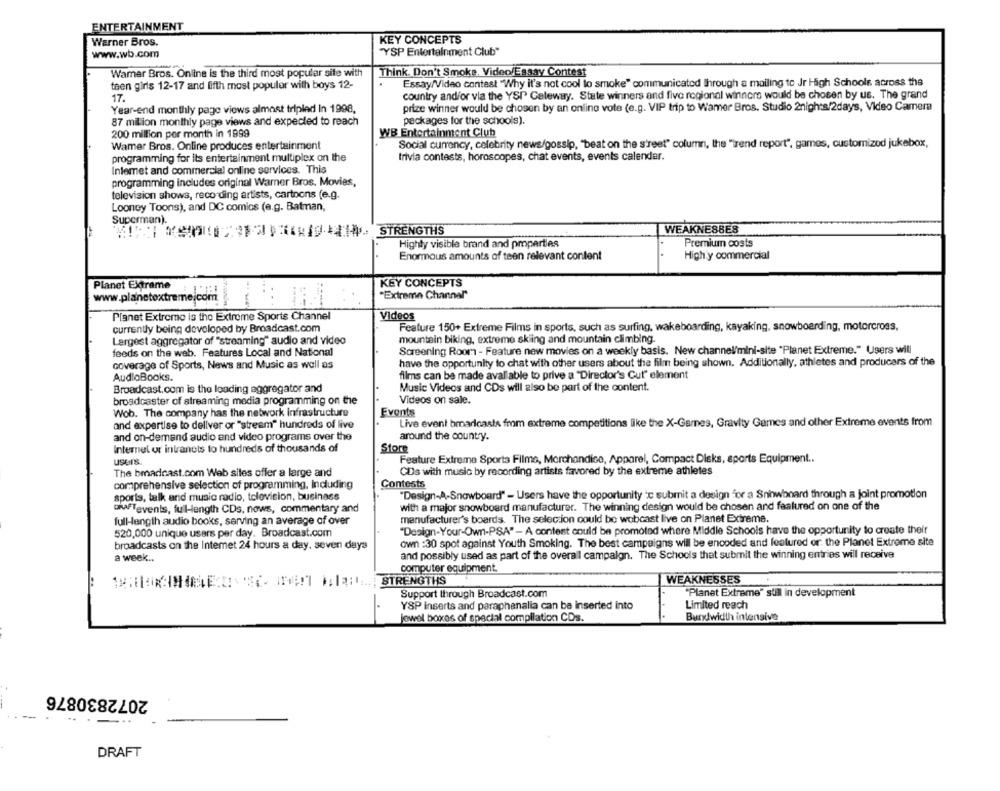
ENTERTAINMENT
KEY CONCEPTS
Warner Bros.
www.wb.com
"YSP Entertainment Club"
Warner Bros. Online is the third most popular site with
Think. Don't Smoke, Video/Essay Contest
teen girls 12-17 and fifth most popular with boys 12-
Essay/Video contest "Why it's not cool lo smoke" communicated Ihrough a mailing to Jr High Schools across the
country and/or via the YSP Galeway. State winners and five regional winners would be chosen by us. The grand
17.
Year-end monthly page views almost tripled In 1998,
prize winner would be chosen by an online vote (e.g. VIP trip to Wamer Bros. Studio 2nights/2days, Video Camera
87 milion monthly page views and expected to reach
packages for the schools).
200 million per month in 1999
WB Entertainment Club
Wamer Bros. Online produces entertainment
Social currency, celebrity news/gossip, "beat on the street" column, the "Trend report", games, customized jukebox,
programming for its entertainment multiplex on the
trivia contests, horoscopes, chat events, events calendar.
Intemet and commercial online services. This
programming includes original Warner Bros. Movies,
television shows, recording artists, cartoons (e.g.
Looney Toons), and DC comics (e.g. Batman,
Superman).
STRENGTHS
WEAKNESSES
Highly visible brand and pmparties
Premium costs
Enormous amounts of teen relevant content
High y commercial
Planet Extrame
KEY CONCEPTS
www.planetextremejcom
"Extreme Channel"
Planet Extremo is the Extreme Sports Channel
Videos
currently being developed by Broadcast.com
Feature 150+ Extreme Films in sports, such as surfing, wakeboarding, kayaking, snowboarding, motorcross,
Largest aggregator of "streaming" audio and video
mountain biking, extreme skiing and mountain climbing.
feeds on the web. Features Local and National
Screening Room - Feature new movies on a weekly basis. New channel/mini-site "Planet Extreme." Users will
coverage of Sports, News and Music as well as
have the opportunity to chat with other users about the film being shown. Additionally, athletes and producers of the
AudioBooks.
films can be made available to prive a "Director's Cut" element
Broadcast.com is the loading aggregator and
Music Videos and CDs will also be part of the content.
broadcaster of streaming media programming on the
Videos on sale.
Wob. The company has the network infrastructure
Events
and expertise to deliver or "stream" hundreds of live
Live event bmaricasts from extreme competitions like the X-Garnes, Gravity Games and other Extreme events from
and on-demand audio and video programs over the
around the country.
Internet or intranets to hundreds of thousands of
Store
Feature Extreme Sports Filme, Merchandise, Apparel, Compact Disks, sports Equipment ..
usuIS.
The bmadcast.com Web siles offer a large and
CDs with music by recording artists favored by the extreme athletes
comprehensive selection of programming, Including
Contests
sports, talk and music radio, television, business
"Design-A-Snowboard" - Users have the opportunity ic submit a design for a Snowboard through a joint promotion
with a major snowboard manufacturer. The winning design would be chosen and featured on one of the
ofFTevents, full-length CDs, nows, commentary and
full-length audio books, serving an average of over
manufacturer's boards. The selection could be webcast live on Planet Extreme.
"Design-Your-Own-PSA" - A contest could be promoted where Middle Schools have the opportunity to create their
520,000 unique users per day. Broadcast.com
broadcasts on the Intemet 24 hours a day, seven days
own :30 spot against Youth Smoking. The best campaigns will be encoded and featured or the Planet Extreme site
and possibly used as part of the overall campaign. The Schools that submit the winning entries will receive
a week ..
computer equipment
STRENGTHS
WEAKNESSES
Support through Broadcast.com
"Planet Extreme" still in development
YSP inserts and paraphanalia can be inserted into
Limited reach
jowel boxes of special compilation CDs.
Bundwidth intensive
2072830876
...
DRAFT